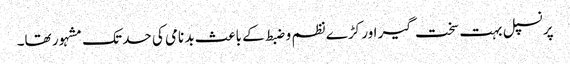
پرنسپل بہت سخت گیر اور کڑے نظم و ضبط کے باعث بد نامی کی حد تک مشہور تھا۔